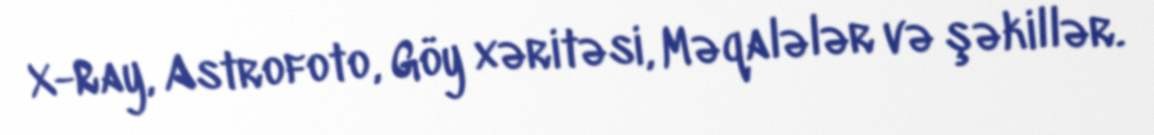
X-Ray, Astrofoto, Göy xəritəsi, Məqalələr və şəkillər.